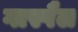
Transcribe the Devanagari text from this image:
गास्पैल